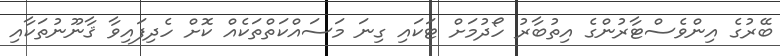
ބޭރުގެ އިންވެސްޓާރުންގެ އިތުބާރު ހޯދުމަށް ޓަކައި ގިނަ މަސައްކަތްތަކެއް ކޮށް ހެދިފައިވާ ޤާނޫނުތަކާއި